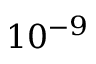
1 0 ^ { - 9 }